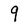
Character: 9